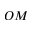
O M